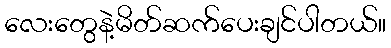
လေးတွေနဲ့မိတ်ဆက်ပေးချင်ပါတယ်။